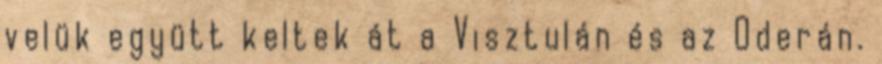
velük együtt keltek át a Visztulán és az Oderán.